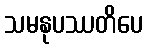
သမနုပဿတိပေ